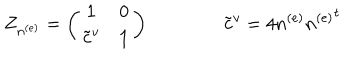
LaTeX: Z _ { n ^ { ( e ) } } = \left( \begin{matrix} { { { \bf 1 } } } & { { 0 } } \\ { { { { \tilde { \bf c } } ^ { v } } } } & { { { \bf 1 } } } \\ \end{matrix} \right) \qquad \qquad { \tilde { \bf c } } ^ { v } = 4 n ^ { ( e ) } { n ^ { ( e ) } } ^ { t }